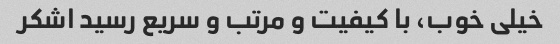
خیلی خوب، با کیفیت و مرتب و سریع رسید اشکر